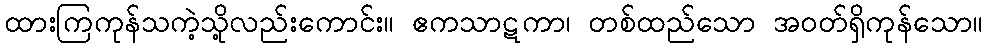
ထားကြကုန်သကဲ့သို့လည်းကောင်း။ ဧကသာဋကာ၊ တစ်ထည်သော အဝတ်ရှိကုန်သော။